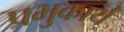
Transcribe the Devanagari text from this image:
प्रभुकार्य